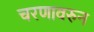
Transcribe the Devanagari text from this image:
चरणावरुन